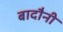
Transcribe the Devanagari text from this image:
बादौनी